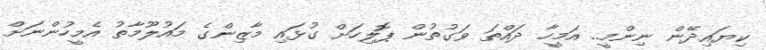
ކިޔައިދޭން ނިންމީ.. އަމީހާ ދައްތަ ވަގުތުން ޕޮލިހަށް ގުޅައި މާޒިންގެ މައުލޫމާތު އެމީހުންނަށް